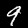
Label: 9